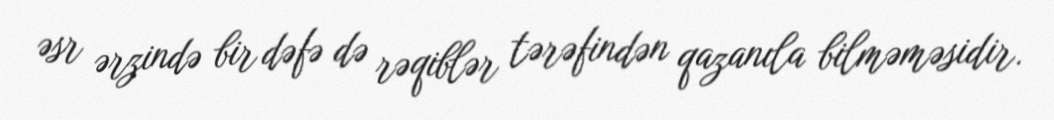
əsr ərzində bir dəfə də rəqiblər tərəfindən qazanıla bilməməsidir.